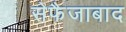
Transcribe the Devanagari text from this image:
सेफैजाबाद